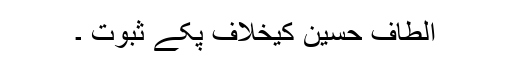
الطاف حسین کیخلاف پکے ثبوت ۔